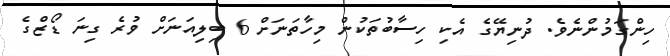
ހިންގަމުންނެވެ. ދުނިޔޭގެ އެކި ހިސާބުތަކުން މިހާތަނަށް 6 ބިލިއަނަށް ވުރެ ގިނަ ޑޯޒްގެ